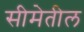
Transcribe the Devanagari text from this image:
सीमेतील